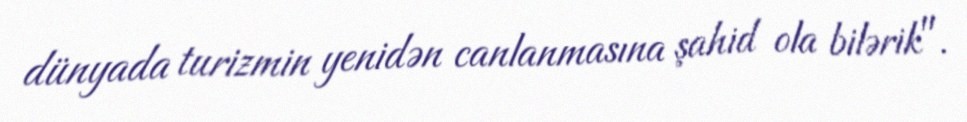
dünyada turizmin yenidən canlanmasına şahid ola bilərik".